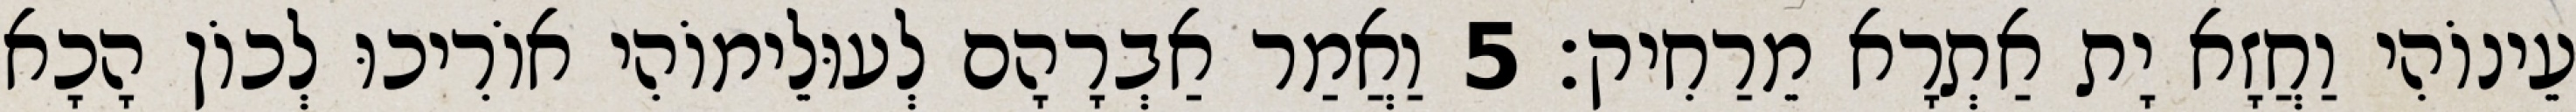
עֵינוֹהִי וַחֲזָא יָת אַתְרָא מֵרַחִיק׃ 5 וַאֲמַר אַבְרָהָם לְעוּלֵימוֹהִי אוֹרִיכוּ לְכוֹן הָכָא